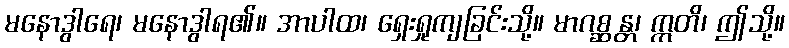
မနောဒွါရေ၊ မနောဒွါရ၏။ အာပါထ၊ ရှေးရှုကျခြင်းသို့။ မာဂစ္ဆန္တ၊ ဣတိ၊ ဤသို့။